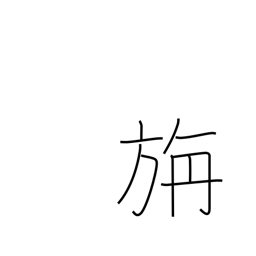
Meaning: woollen cloth